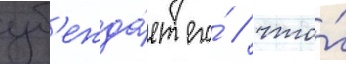
уб'ежда́ет его́ / что́